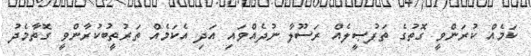
ކަމެއް ކުރަންވީ ގޮތުގެ ތަފުޞީލެއް ރަސޫލާ ނުދެއްވައި އަދި އެކަމެއް ތަރުތީބުކުރާންވީ ގޮތާމެދު